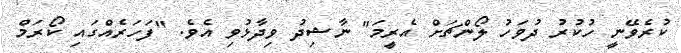
ކުރެވޭނީ ހުކުރު ދުވަހު ލޯންޗަށް އެރީމަ" ނާޝިދު ވިދާޅުވި އެވެ. "ފަހަރެއްގައި ކޯރަމް